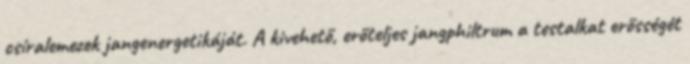
csíralemezek jangenergetikáját. A kivehető, erőteljes jangphiltrum a testalkat erősségét